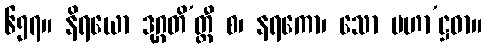
၆၅၇။ နိရယော ဒုဂ္ဂတိ’တ္ထီ စ၊ နရကော၊ သော မဟာ’ဋ္ဌဓာ။